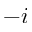
- i